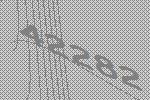
42282